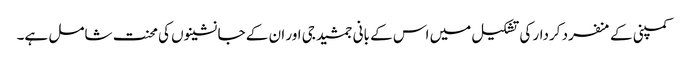
کمپنی کے منفرد کردار کی تشکیل میں اس کے بانی جمشید جی اور ان کے جانشینوں کی محنت شامل ہے۔